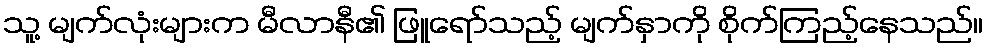
သူ့ မျက်လုံးများက မီလာနီ၏ ဖြူရော်သည့် မျက်နှာကို စိုက်ကြည့်နေသည်။